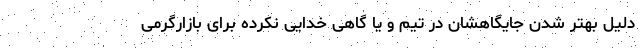
دلیل بهتر شدن جایگاهشان در تیم و یا گاهی خدایی نکرده برای بازارگرمی